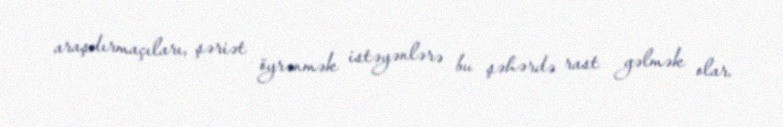
araşdırmaçıları, şəriət öyrənmək istəyənlərə bu şəhərdə rast gəlmək olar.